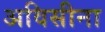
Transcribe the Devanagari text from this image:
अविसीना